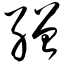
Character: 缯